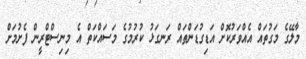
މާލޭގެ މަގުތައް އެއްވަރުކޮށް އަޑިގުޑަންތައް ރަނގަޅު ކުރުމުގެ މަސައްކަތް އެ މިނިސްޓްރީން ފެށުމަށް